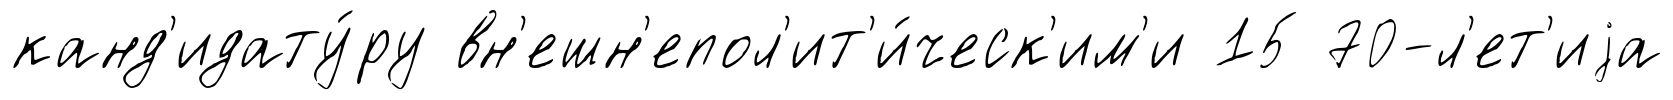
канд'идату́ру вн'ешн'епол'ит'и́ческ'им'и 15 70-л'ет'иjа